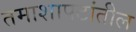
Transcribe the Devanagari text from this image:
तमाशापटांतील